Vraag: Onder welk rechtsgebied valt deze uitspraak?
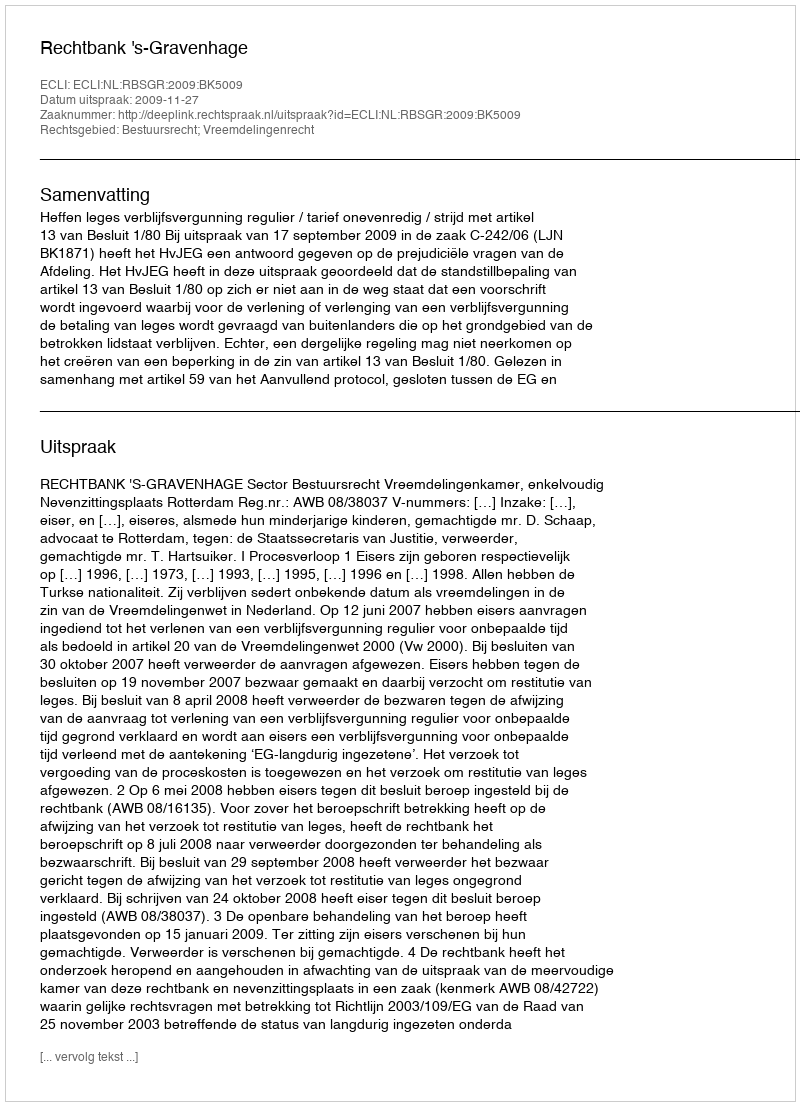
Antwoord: Bestuursrecht; Vreemdelingenrecht